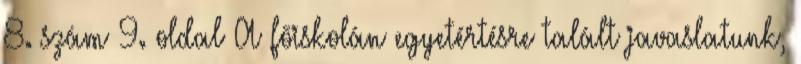
8. szám 9. oldal A fõiskolán egyetértésre talált javaslatunk,